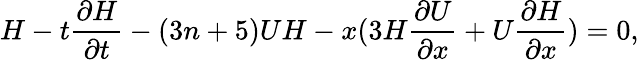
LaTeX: H-t\frac{\partial H}{\partial t}-(3n+5)UH-x(3H\frac{\partial U}{\partial x}+U\frac{\partial H}{\partial x})=0,